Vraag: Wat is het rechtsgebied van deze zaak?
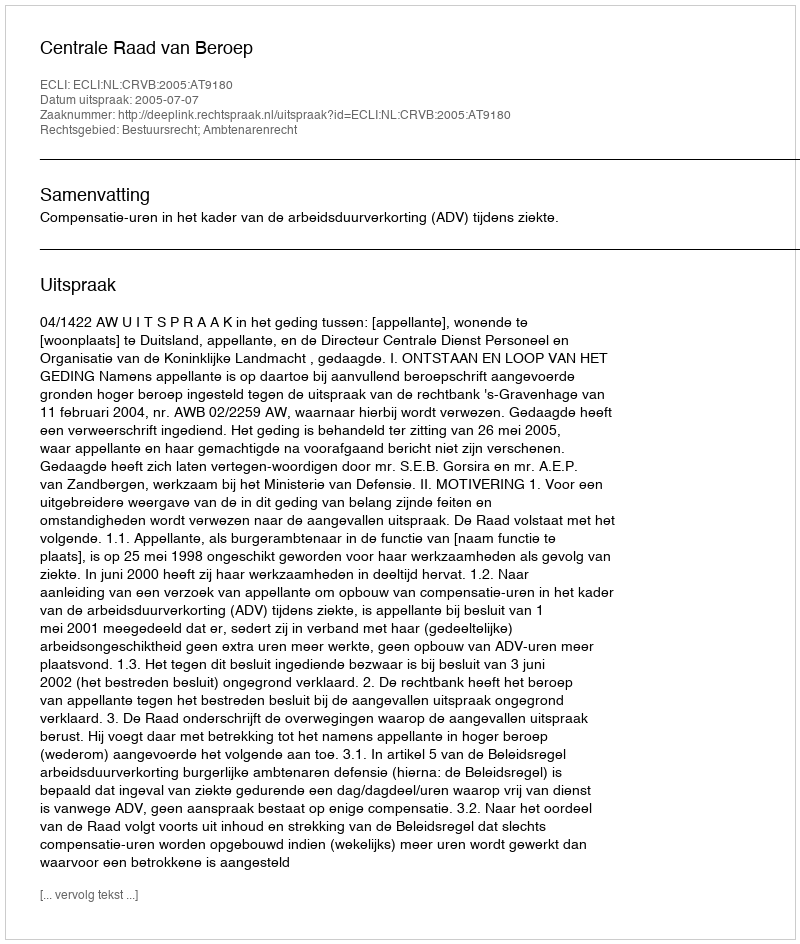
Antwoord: Bestuursrecht; Ambtenarenrecht